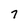
Character: 7